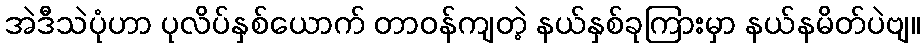
အဲဒီသဲပုံဟာ ပုလိပ်နှစ်ယောက် တာဝန်ကျတဲ့ နယ်နှစ်ခုကြားမှာ နယ်နမိတ်ပဲဗျ။